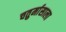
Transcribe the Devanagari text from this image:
चतुर्मासाला